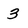
Character: 3